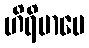
ဟိရိမာပေ